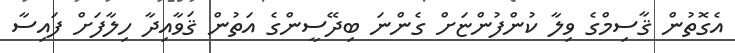
އެގޮތުން ޤާސިމްގެ ވިލާ ކުންފުންޏަށް ގެންނަ ބިދޭސީންގެ އަތުން ޤަވާއިދާ ހިލާފަށް ފައިސާ